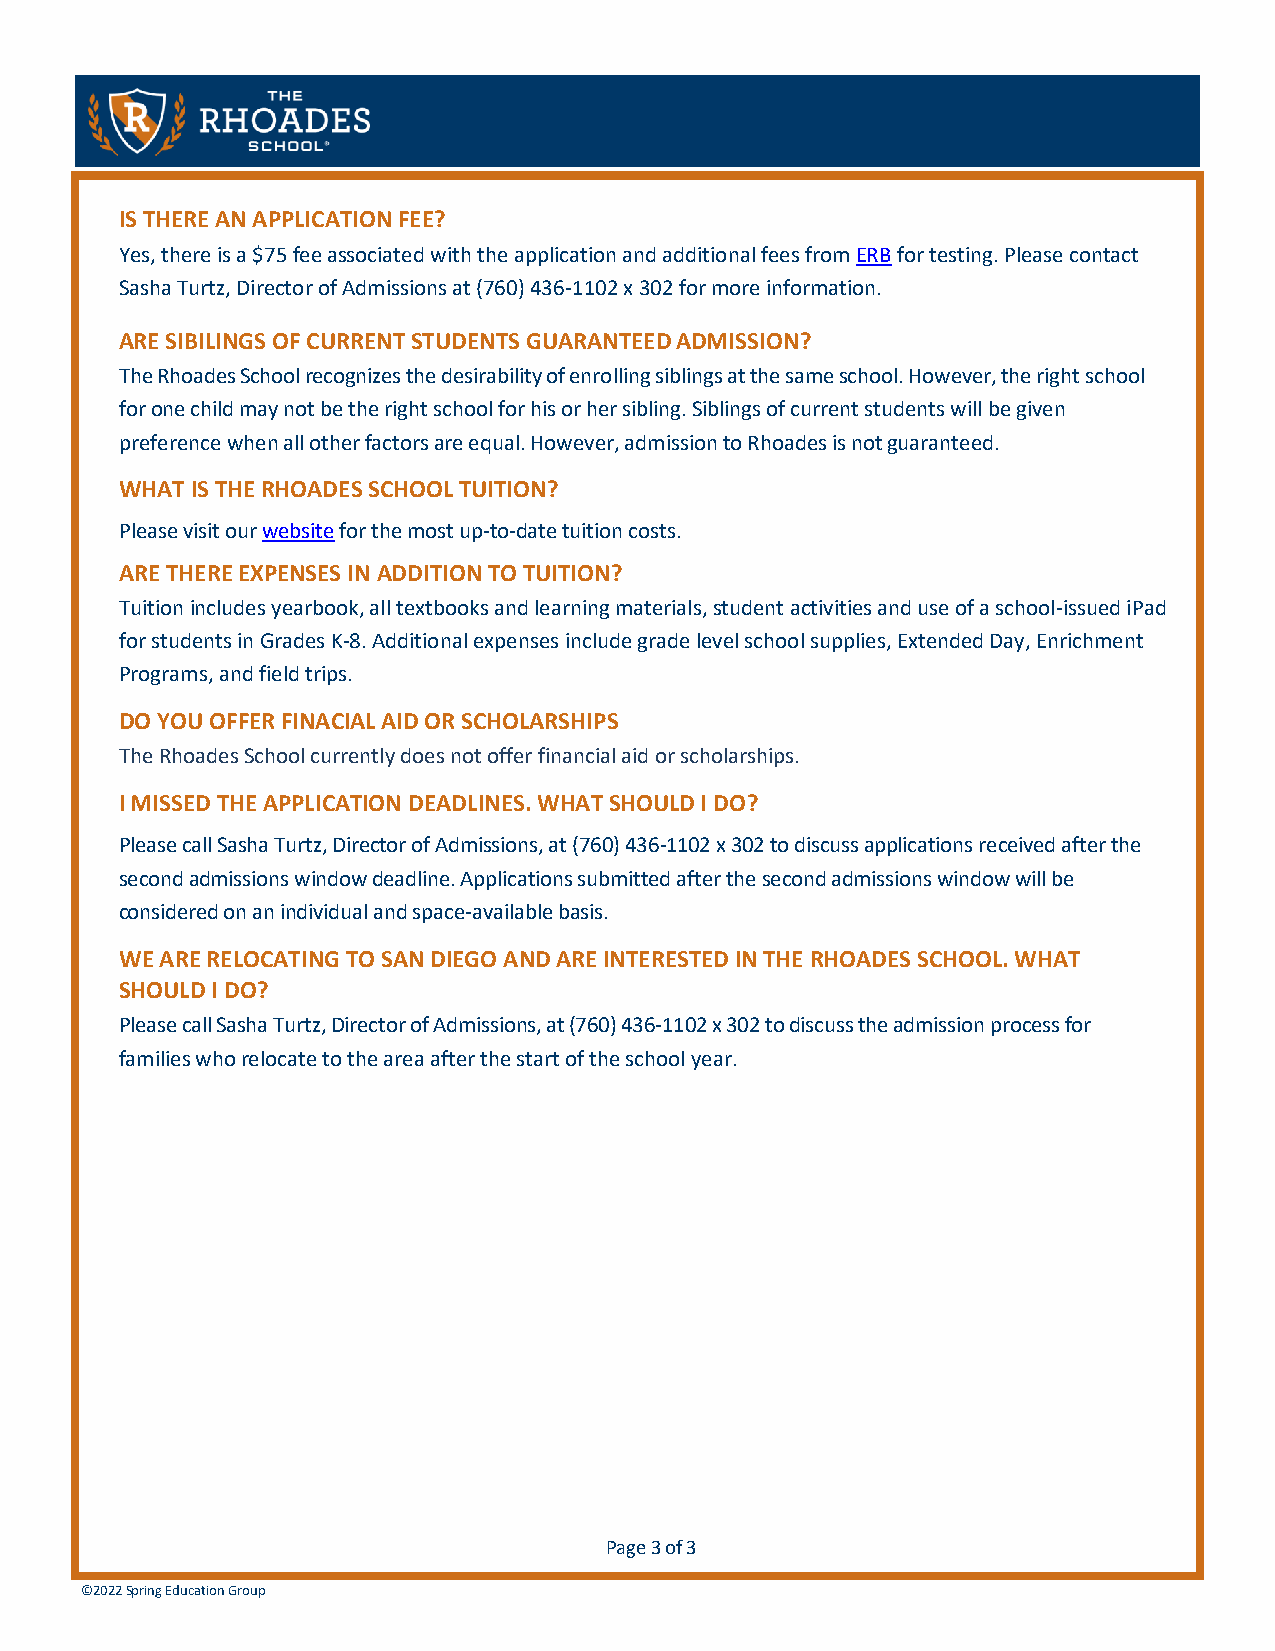
ADMISSION    FAQ
 IS THERE AN APPLICATION FEE?
 Yes, there is a $75 fee associated with the application and additional fees from ERB for testing. Please contact
 Sasha Turtz, Director of Admissions at (760) 436-1102 x 302 for more information.
 ARE SIBILINGS OF CURRENT STUDENTS GUARANTEED ADMISSION?
 The Rhoades School recognizes the desirability of enrolling siblings at the same school. However, the right school
 for one child may not be the right school for his or her sibling. Siblings of current students will be given
 preference when all other factors are equal. However, admission to Rhoades is not guaranteed.
 WHAT IS THE RHOADES SCHOOL TUITION?
 Please visit our website for the most up-to-date tuition costs.
 ARE THERE EXPENSES IN ADDITION TO TUITION?
 Tuition includes yearbook, all textbooks and learning materials, student activities and use of a school-issued iPad
 for students in Grades K-8. Additional expenses include grade level school supplies, Extended Day, Enrichment
 Programs, and field trips.
 DO YOU OFFER FINACIAL AID OR SCHOLARSHIPS
 The Rhoades School currently does not offer financial aid or scholarships.
 I MISSED THE APPLICATION DEADLINES. WHAT SHOULD I DO?
 Please call Sasha Turtz, Director of Admissions, at (760) 436-1102 x 302 to discuss applications received after the
 second admissions window deadline. Applications submitted after the second admissions window will be
 considered on an individual and space-available basis.
 WE ARE RELOCATING TO SAN DIEGO AND ARE INTERESTED IN THE RHOADES SCHOOL. WHAT
 SHOULD I DO?
 Please call Sasha Turtz, Director of Admissions, at (760) 436-1102 x 302 to discuss the admission process for
 families who relocate to the area after the start of the school year.
 Page 3 of 3
 ©202 2 Spring Education Group